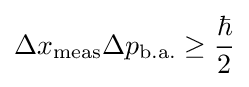
\Delta x_{\mathrm {meas} }\Delta p_{\mathrm {b.a.} }\geq {\frac {\hbar }{2}}